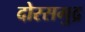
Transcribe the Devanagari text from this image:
दोरसमुद्र